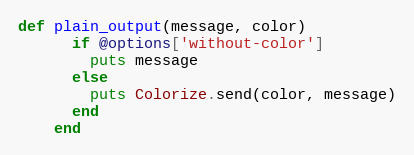
Language: Ruby
def plain_output(message, color)
      if @options['without-color']
        puts message
      else
        puts Colorize.send(color, message)
      end
    end